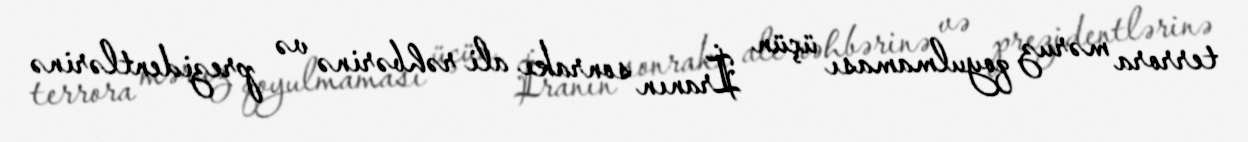
terrora məruz qoyulmaması üçün İranın sonrakı ali rəhbərinə və prezidentlərinə